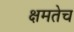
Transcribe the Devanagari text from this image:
क्षमतेच